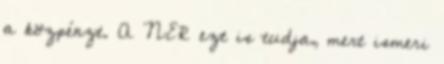
a közpénzt. A NER ezt is tudja, mert ismeri